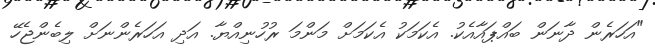
"އަހަރެން ދާނަން ބައްޕައާއެކު. އެކަމަކު އެކަމަށް މަންމަ ރުހުނިއްޔާ. އަދި އަހަރެންނަށް ލިބެންޖެހޭ